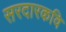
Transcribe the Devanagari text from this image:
सरदारकवि